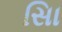
સાિ